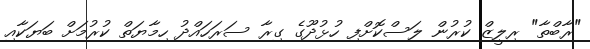
"ރާބްތާ" ރިލީޒް ކުރުން ލަސްކޮށްފި ހުޅުދޫގެ ގިރާ ސަރަހައްދު ހިމާޔަތް ކުރުމަށް ބަޔަކާއި